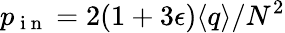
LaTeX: p_{\mathrm{~i~n~}}=2(1+3\epsilon)\langle q\rangle/N^{2}